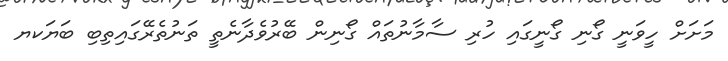
މަށަށް ހީވަނީ ގޯނި ގޯނީގައި ހުރި ސާމާނުތައް ގޯނިން ބޭރުވެދާނެތީ ތަނުތެރޭގައިތިބި ބަޔަކޔ